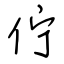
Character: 佇